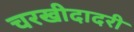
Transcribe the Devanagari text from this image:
चरखीदादरी